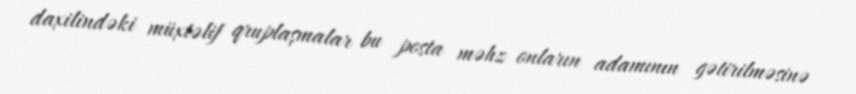
daxilindəki müxtəlif qruplaşmalar bu posta məhz onların adamının gətirilməsinə